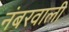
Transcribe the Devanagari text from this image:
नंबरवाली